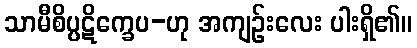
သာမီစိပ္ပဋိက္ခေပ-ဟု အကျဉ်းလေး ပါးရှိ၏။